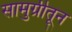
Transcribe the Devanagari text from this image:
सामुग्रीतून